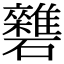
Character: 𥗱